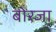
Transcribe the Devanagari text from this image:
बोरजा